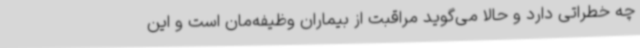
چه خطراتی دارد و حالا می‌گوید مراقبت از بیماران وظیفه‌مان است و این